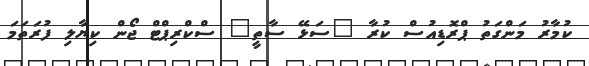
ކުމާރު މަންގަތު ޕްރޮޑިއުސް ކުރާ "ސަޅޭ ސާތީ" ސްކްރިޕްޓް ޖޯން ކިޔާލި ފުރަތަމަ